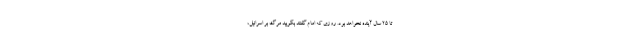
تا ۲۵ سال آینده نخواهد بود. روزی که امام گفتند بگویید مرگ بر اسرائیل،